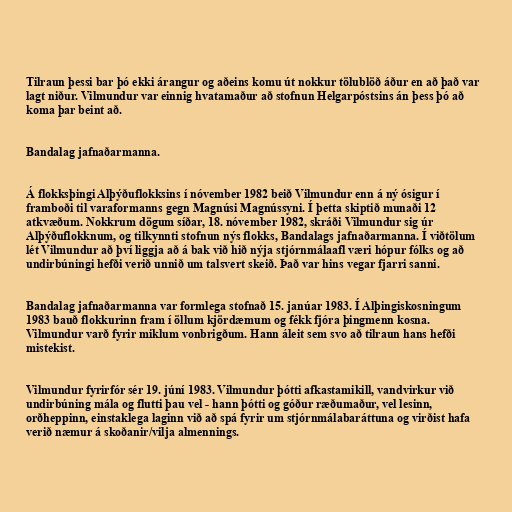
Tilraun þessi bar þó ekki árangur og aðeins komu út nokkur tölublöð áður en að það var
lagt niður. Vilmundur var einnig hvatamaður að stofnun Helgarpóstsins án þess þó að
koma þar beint að.

Bandalag jafnaðarmanna.

Á flokksþingi Alþýðuflokksins í nóvember 1982 beið Vilmundur enn á ný ósigur í
framboði til varaformanns gegn Magnúsi Magnússyni. Í þetta skiptið munaði 12
atkvæðum. Nokkrum dögum síðar, 18. nóvember 1982, skráði Vilmundur sig úr
Alþýðuflokknum, og tilkynnti stofnun nýs flokks, Bandalags jafnaðarmanna. Í viðtölum
lét Vilmundur að því liggja að á bak við hið nýja stjórnmálaafl væri hópur fólks og að
undirbúningi hefði verið unnið um talsvert skeið. Það var hins vegar fjarri sanni.

Bandalag jafnaðarmanna var formlega stofnað 15. janúar 1983. Í Alþingiskosningum
1983 bauð flokkurinn fram í öllum kjördæmum og fékk fjóra þingmenn kosna.
Vilmundur varð fyrir miklum vonbrigðum. Hann áleit sem svo að tilraun hans hefði
mistekist.

Vilmundur fyrirfór sér 19. júní 1983. Vilmundur þótti afkastamikill, vandvirkur við
undirbúning mála og flutti þau vel - hann þótti og góður ræðumaður, vel lesinn,
orðheppinn, einstaklega laginn við að spá fyrir um stjórnmálabaráttuna og virðist hafa
verið næmur á skoðanir/vilja almennings.